Civil Veterinary Dept. Bombay admin report 1907-1913 - 1907-1913
Year: 1907
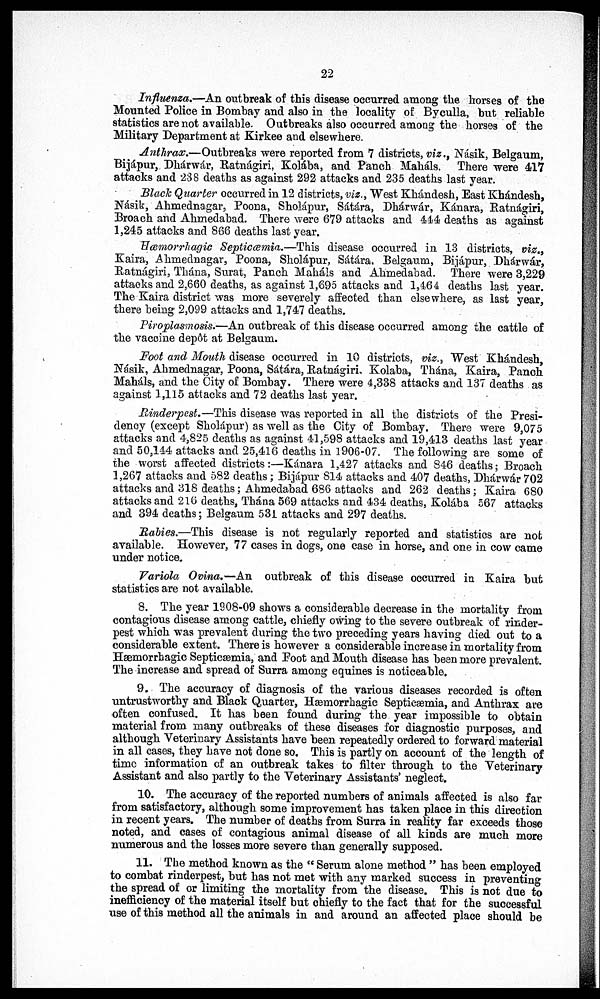
22
Influenza.—An outbreak of this disease occurred among the horses of the
Mounted Police in Bombay and also in the locality of Byculla, but reliable
statistics are not available. Outbreaks also occurred among the horses of the
Military Department at Kirkee and elsewhere.
Anthrax.—Outbreaks were reported from 7 districts, viz., Násik, Belgaum,
Bijápur, Dhárwár, Ratnágiri, Kolába, and Panch Maháls. There were 417
attacks and 238 deaths as against 292 attacks and 235 deaths last year.
Black Quarter occurred in 12 districts, viz., West Khándesh, East Khándesh,
Násik, Ahmednagar, Poona, Sholápur, Sátára, Dhárwár, Kánara, Ratnágiri,
Broach and Ahmedabad. There were 679 attacks and 444 deaths as against
1,245 attacks and 866 deaths last year.
Hæmorrhagic Septicæmia.—This disease occurred in 13 districts, viz.,
Kaira, Ahmednagar, Poona, Sholápur, Sátára, Belgaum, Bijápur, Dhárwár,
Ratnágiri, Thána, Surat, Panch Mahals and Ahmedabad. There were 3,229
attacks and 2,660 deaths, as against 1,695 attacks and 1,464 deaths last year.
The Kaira district was more severely affected than elsewhere, as last year,
there being 2,099 attacks and 1,747 deaths.
Piroplasmosis.—An outbreak of this disease occurred among the cattle of
the vaccine dep6t at Belgaum.
Foot and Mouth disease occurred in 10 districts, viz., West Khándesh,
Násik, Ahmednagar, Poona, Sátára, Ratnágiri, Kolaba, Thána, Kaira, Panch
Mahals, and the City of Bombay. There were 4,338 attacks and 137 deaths as
against 1,115 attacks and 72 deaths last year.
Rinderpest.—This disease was reported in all the districts of the Presi-
dency (except Sholápur) as well as the City of Bombay. There were 9,075
attacks and 4,825 deaths as against 41,598 attacks and 19,413 deaths last year
and 50,144 attacks and 25,416 deaths in 1906-07. The following are some of
the worst affected districts:—Kánara 1,427 attacks and 846 deaths; Broach
1,267 attacks and 582 deaths; Bijápur 814 attacks and 407 deaths, Dhárwár 702
attacks and 318 deaths; Ahmedabad 686 attacks and 262 deaths; Kaira 680
attacks and 216 deaths, Thána 569 attacks and 434 deaths, Kolába 567 attacks
and 394 deaths; Belgaum 531 attacks and 297 deaths.
Rabies,—This disease is not regularly reported and statistics are not
available. However, 77 cases in dogs, one case in horse, and one in cow came
under notice.
Variola Ovina.—An outbreak of this disease occurred in Kaira but
statistics are not available.
8. The year 1908-09 shows a considerable decrease in the mortality from
contagious disease among cattle, chiefly owing to the severe outbreak of rinder-
pest which was prevalent during the two preceding years having died out to a
considerable extent. There is however a considerable increase in mortality from
Hæmorrhagic Septicæmia, and Foot and Mouth disease has been more prevalent.
The increase and spread of Surra among equines is noticeable.
9. The accuracy of diagnosis of the various diseases recorded is often
untrustworthy and Black Quarter, Hæmorrhagie Septicæmia, and Anthrax are
often confused. It has been found during the year impossible to obtain
material from many outbreaks of these diseases for diagnostic purposes, and
although Veterinary Assistants have been repeatedly ordered to forward material
in all cases, they have not done so. This is partly on account of the length of
time information of an outbreak takes to filter through to the Veterinary
Assistant and also partly to the Veterinary Assistants' neglect.
10. The accuracy of the reported numbers of animals affected is also far
from satisfactory, although some improvement has taken place in this direction
in recent years. The number of deaths from Surra in reality far exceeds those
noted, and cases of contagious animal disease of all kinds are much more
numerous and the losses more severe than generally supposed.
11. The method known as the " Serum alone method " has been employed
to combat rinderpest, but has not met with any marked success in preventing*
the spread of or limiting the mortality from the disease. This is not due to
inefficiency of the material itself but chiefly to the fact that for the successful
use of this method all the animals in and around an affected place should be